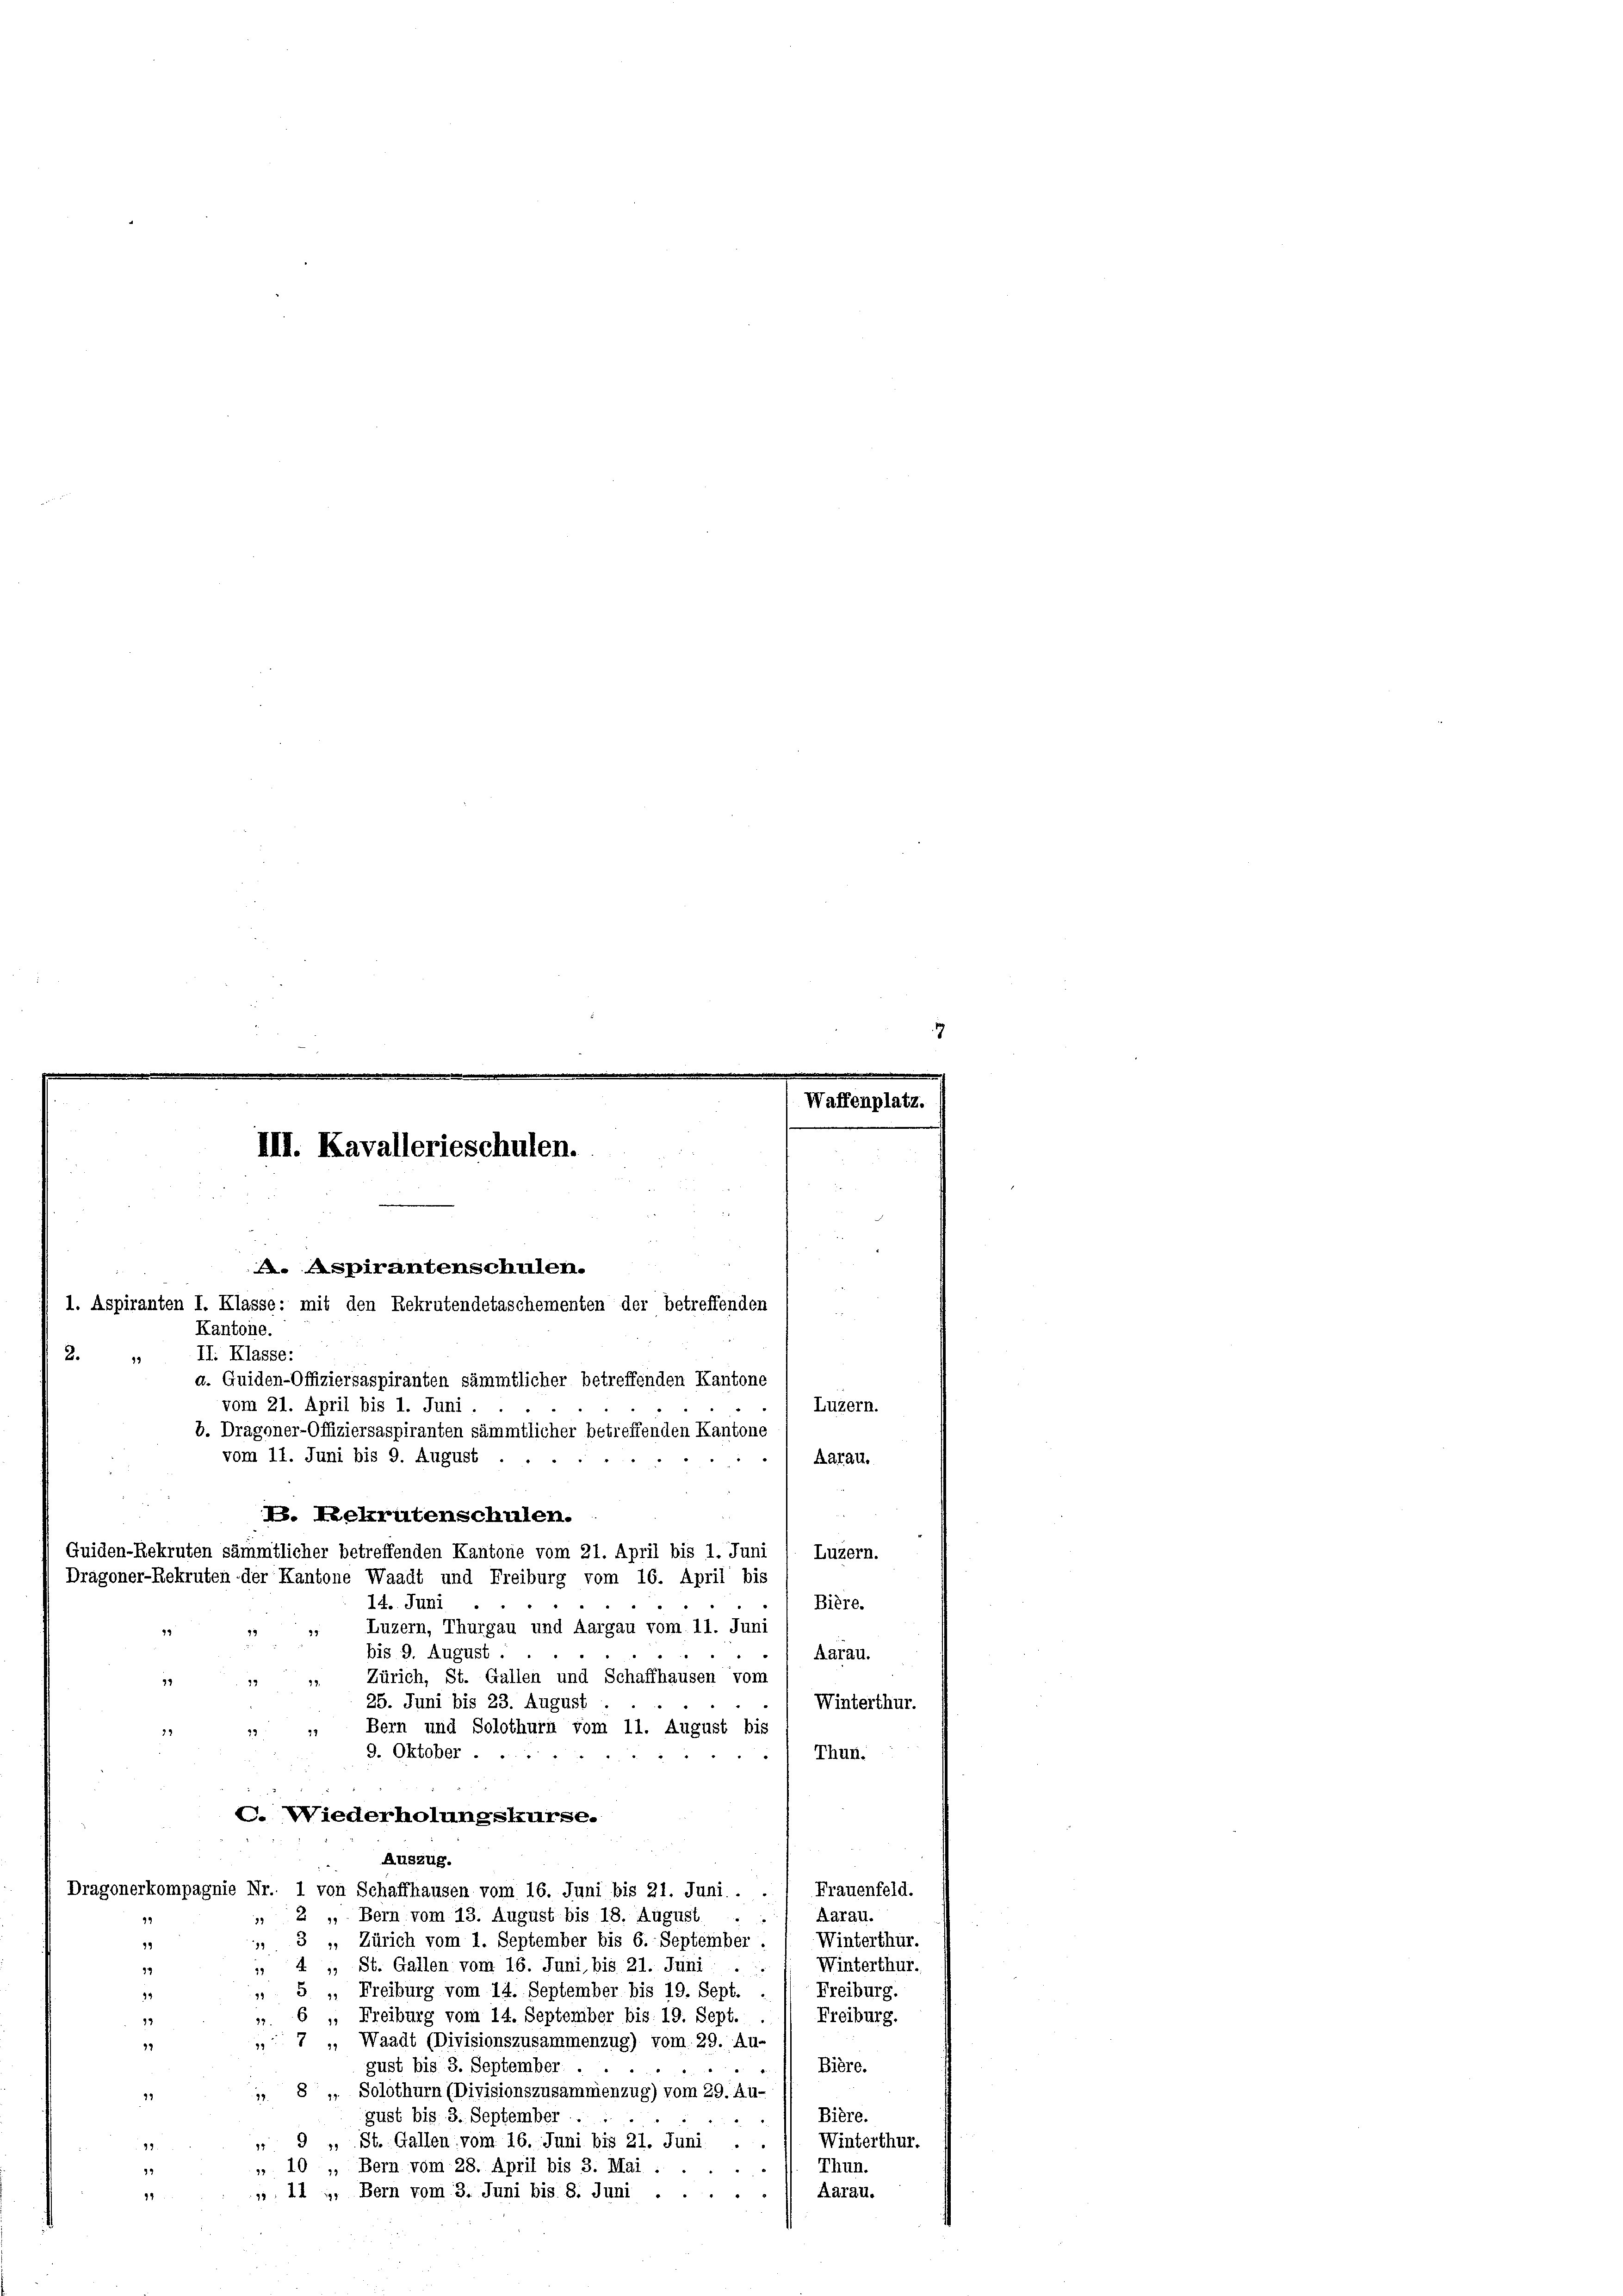
vom 11. Juni bis 9. August

III. Kavallerieschulen.
A. Aspirantenschulen.
1. Aspiranten I. Klasse: mit den Rekrutendetaschementen der betreffenden
Kantone.

e
19

Waffenplatz.

2.
II. Klasse:
a. Quiden-Offiziersaspiranten sämmtlicher betreffenden Kantone
vom 21. April bis 1. Juni.
Luzern.
b. Dragoner-Offiziersaspiranten sämmtlicher betreffenden Kantone
Aarau.
P. Rekrutenschulen.
Quiden-Rekruten sämmtlicher betreffenden Kantone vom 21. April bis 1. Juni
Luzern.
Dragoner-Rekruten der Kantone Waadt und Freiburg vom 16. April bis
14. Juni
"
Bière.
Luzern, Thurgau und Aargau vom 11. Juni
19
bis 9. August.
Aarau.
Zürich, St. Gallen und Schaffhausen vom
25. Juni bis 23. August
Winterthur.
Bern und Solothurn vom 11. August bis
9. Oktober.
Thun.
.
C. Wiederholungskurse.
Auszug.
Frauenfeld.
Dragonerkompagnie Nr. 1 von Schaffhausen vom 16. Juni bis 21. Juni. -
" 2 " Bern vom 13. August bis 18. August . ./ Aarau.
23
Winterthur.
 3 „, Zürich vom 1. September bis 6. September
19
Winterthur.
1
St. Gallen vom 16. Juni, bis 21. Juni ..
99
19
 5 „Freiburg vom 14. September bis 19. Sept.
Freiburg.
94
 6 „ Freiburg vom 14. September bis 19. Sept.
Freiburg.
12
7 „ Waadt (Divisionszusammenzug) vom 29. Au-
32
Bière.
gust bis 3. September.
 8 „ Solothurn (Divisionszusammenzug) vom 29. Au-
99
gust bis 3. September
Bière.
Winterthur.
 9 „ St. Gallen vom 16. Juni bis 21. Juni.
12.
 10 „ Bern vom 28. April bis 3. Mai.
Thun.
i
92
Aarau.
 11 u. Bern vom 3. Juni bis 8. Juni.
94